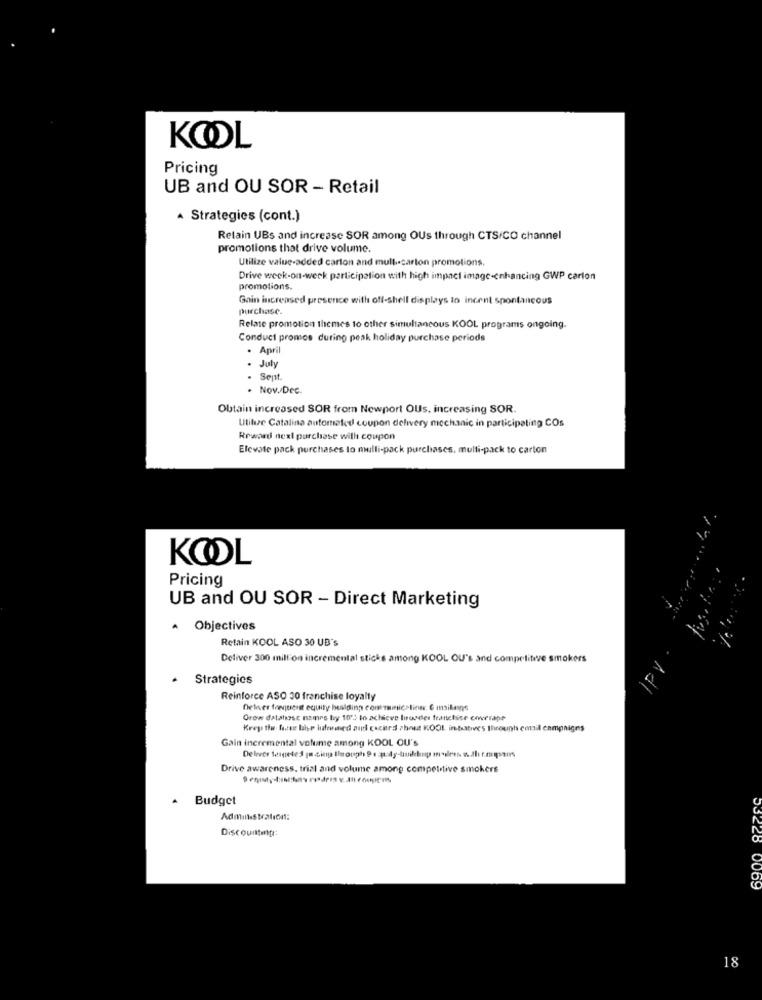
KOOL
Pricing
UB and OU SOR - Retail
· Strategies (cont.)
Retain UBs and increase SOR among OUs through CTS/CO channel
promotions that drive volume.
Utilize value-added carton and mull .- carton promotions.
Drive week-on-werk participation with high impact image-enhancing GWP carlon
promotions.
Gain increased presence with off-shell displays to incent spontaneous
purchase.
Relate promotion themes to other simultaneous KOOL programs ongoing.
Conduct promos during peak holiday purchase periods
. April
. July
. Sept.
. Nov./Dec.
Obtain increased SOR from Newport OUs, increasing SOR.
Utilize Catalina automated coupon delivery mechanic in participating COs
Reward next purchase will coupon
Elevate pack purchases to mulli-pack purchases, multi-pack to carton
KOOL
Pricing
UB and OU SOR - Direct Marketing
. Objectives
Retain KOOL ASO 30 UB's
Deliver 300 million incremental sticks among KOOL OU's and competitwe smokers
Strategies
Reinforce ASO 30 franchise loyalty
Delner frequent equity buslding communication. C msilangs
Grow database names by 10', to achieve Iwonder franchise covverapp
Keep the forse bhp hufenned and cocited shout KOOL intotives through email campaigns
Gain incremental volume among KOOL OU's
Deliver Seigetes pa cing through 9 :p:dy-building modees wth t.mmpans
Drive awareness, trial and volume among competitive smokers
Budget
Administration:
Discountmg:
0069
18